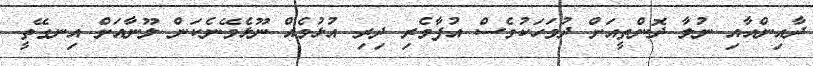
ދާއިންއާއި ނުލާ ދޮންތީއަށް ދުވަހަކުވެސް އުފާވެރި ދިރި އުޅުމެއް ނޫޅެވޭނެކަން ލޫނާއަށް އިނގޭތީ